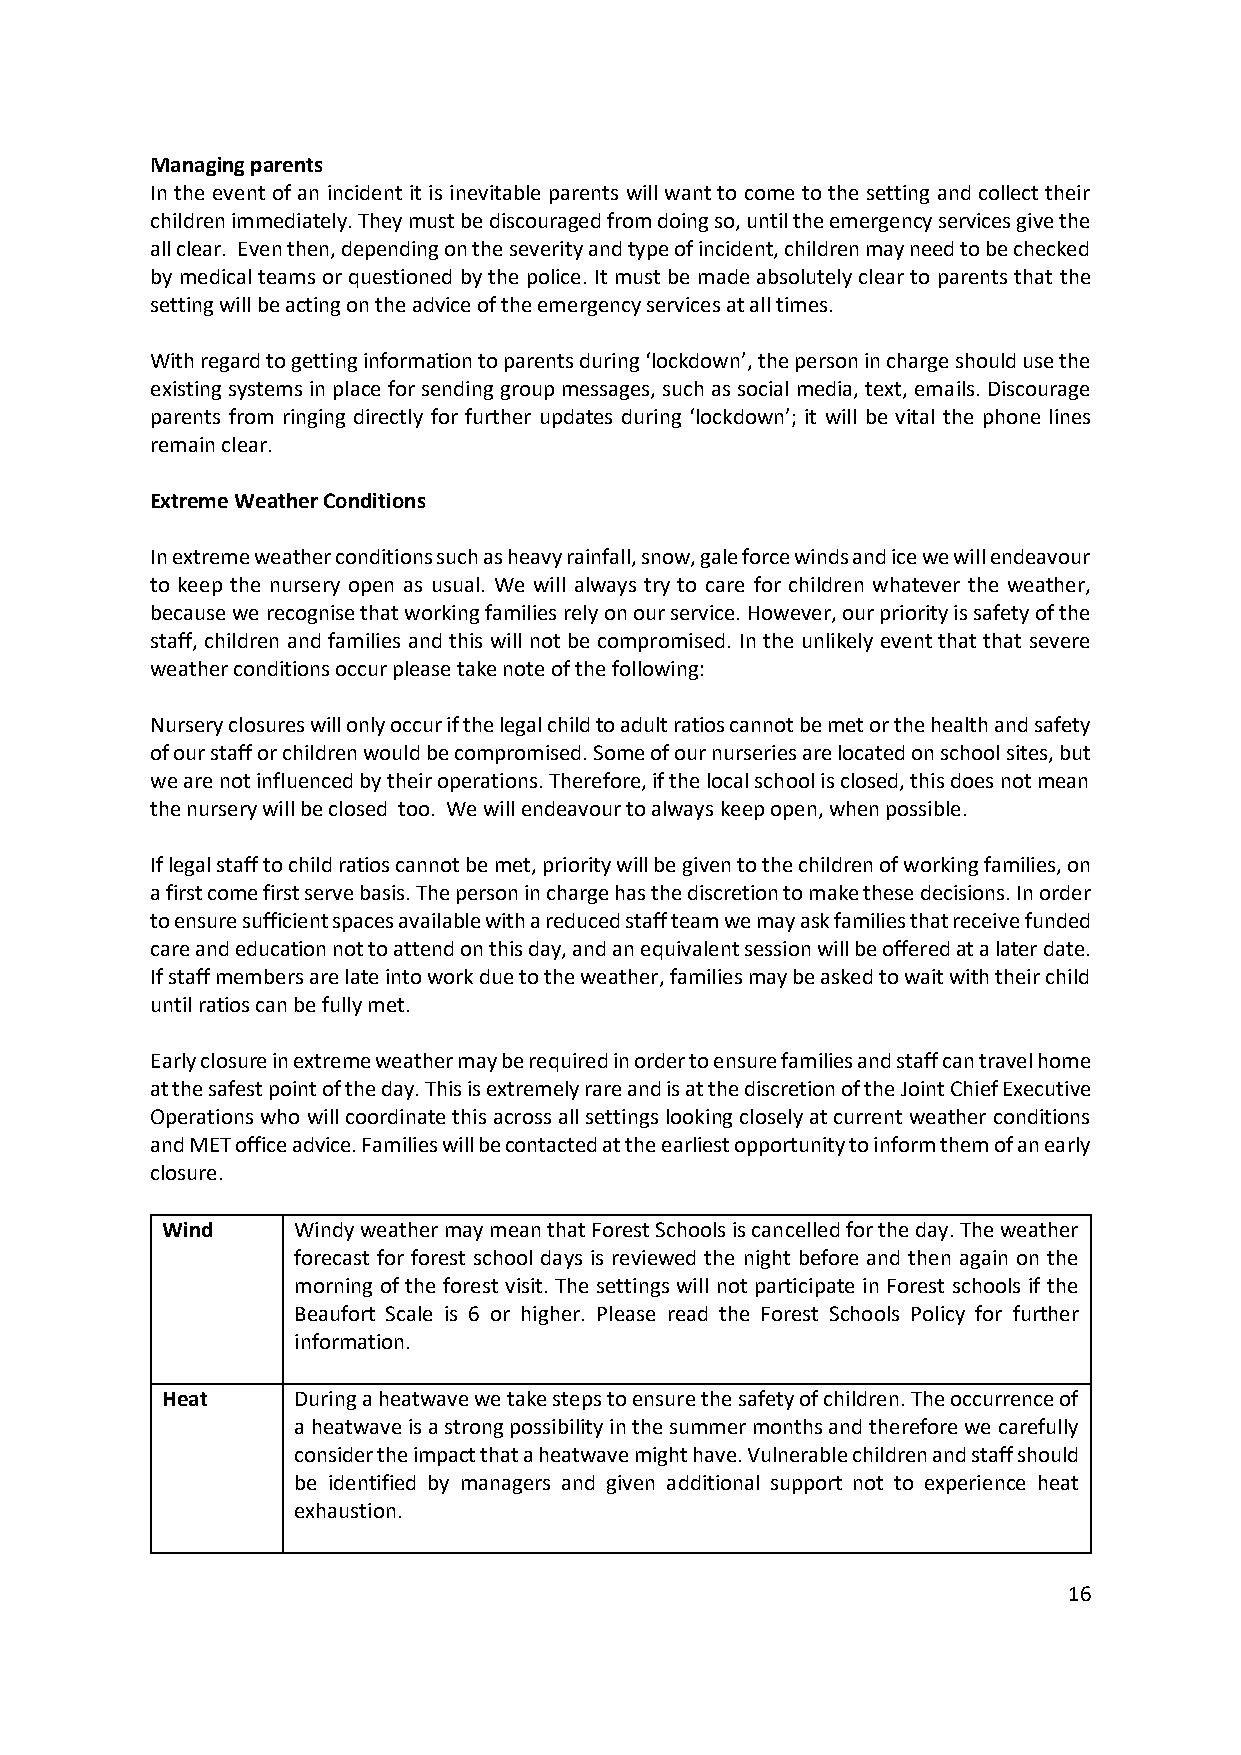
Managing parents
 In the event of an incident it is inevitable parents will want to come to the setting and collect their
 children immediately. They must be discouraged from doing so, until the emergency services give the
 all clear. Even then, depending on the severity and type of incident, children may need to be checked
 by medical teams or questioned by the police. It must be made absolutely clear to parents that the
 setting will be acting on the advice of the emergency services at all times.
 With regard to getting information to parents during ‘lockdown’, the person in charge should use the
 existing systems in place for sending group messages, such as social media, text, emails. Discourage
 parents from ringing directly for further updates during ‘lockdown’; it will be vital the phone lines
 remain clear.
 Extreme Weather Conditions
 In extreme weather conditions such as heavy rainfall, snow, gale force winds and ice we will endeavour
 to keep the nursery open as usual. We will always try to care for children whatever the weather,
 because we recognise that working families rely on our service. However, our priority is safety of the
 staff, children and families and this will not be compromised. In the unlikely event that that severe
 weather conditions occur please take note of the following:
 Nursery closures will only occur if the legal child to adult ratios cannot be met or the health and safety
 of our staff or children would be compromised. Some of our nurseries are located on school sites, but
 we are not influenced by their operations. Therefore, if the local school is closed, this does not mean
 the nursery will be closed too. We will endeavour to always keep open, when possible.
 If legal staff to child ratios cannot be met, priority will be given to the children of working families, on
 a first come first serve basis. The person in charge has the discretion to make these decisions. In order
 to ensure sufficient spaces available with a reduced staff team we may ask families that receive funded
 care and education not to attend on this day, and an equivalent session will be offered at a later date.
 If staff members are late into work due to the weather, families may be asked to wait with their child
 until ratios can be fully met.
 Early closure in extreme weather may be required in order to ensure families and staff can travel home
 at the safest point of the day. This is extremely rare and is at the discretion of the Joint Chief Executive
 Operations who will coordinate this across all settings looking closely at current weather conditions
 and MET office advice. Families will be contacted at the earliest opportunity to inform them of an early
 closure.
 Wind    Windy weather may mean that Forest Schools is cancelled for the day. The weather
 forecast for forest school days is reviewed the night before and then again on the
 morning of the forest visit. The settings will not participate in Forest schools if the
 Beaufort Scale is 6 or higher. Please read the Forest Schools Policy for further
 information.
 Heat    During a heatwave we take steps to ensure the safety of children. The occurrence of
 a heatwave is a strong possibility in the summer months and therefore we carefully
 consider the impact that a heatwave might have. Vulnerable children and staff should
 be identified by managers and given additional support not to experience heat
 exhaustion.
 16